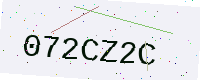
Text: 072CZ2C